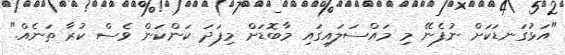
"އަޅުގަނޑަކަށް ނުފެނޭ މި މައްސަލައިގައި މާބޮޑަށް މިފަދަ ކަންކަން ވެސް ކުރާ ތަނެއް."